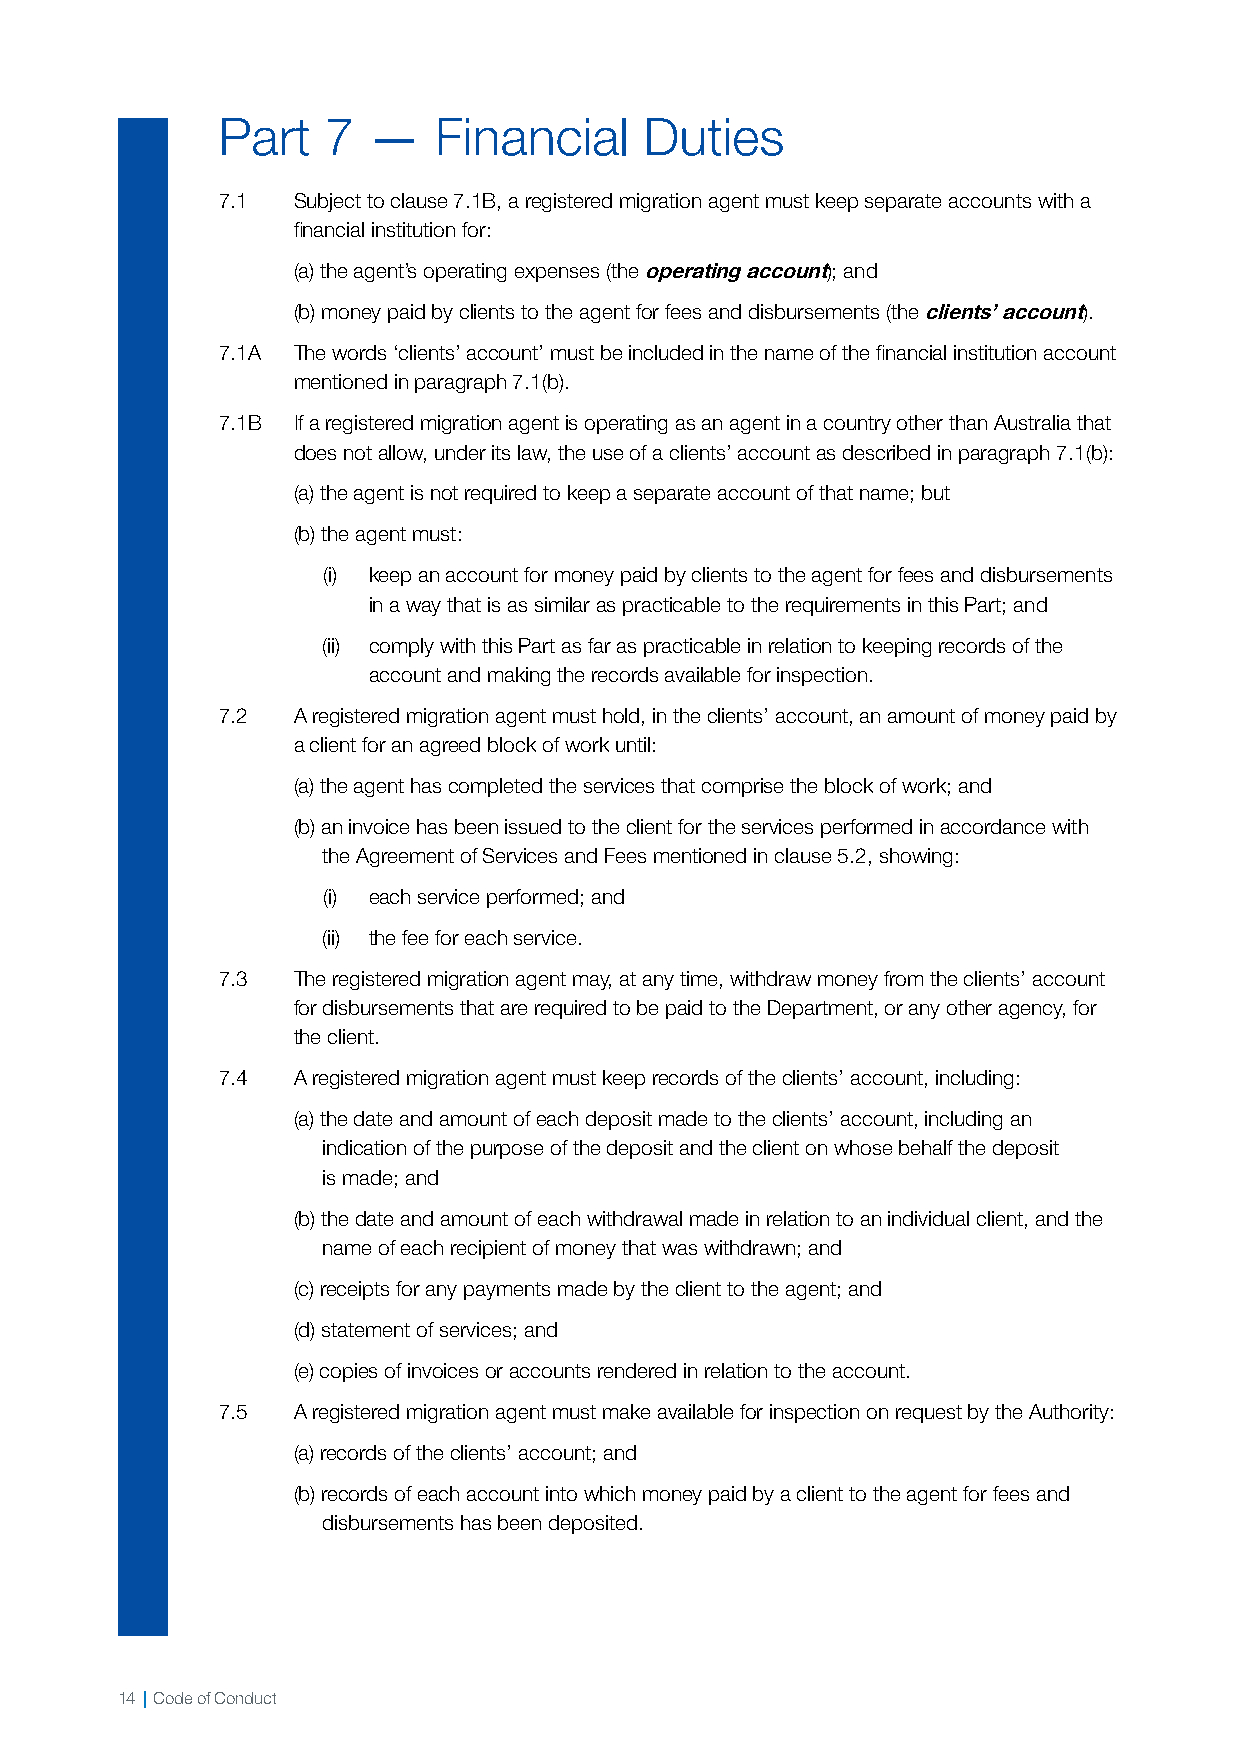
Part   7  —    Financial     Duties
 7.1  Subject to clause 7.1B, a registered migration agent must keep separate accounts with a
 financial institution for:
 (a) the agent’s operating expenses (the operating account); and
 (b) money paid by clients to the agent for fees and disbursements (the clients’ account).
 7.1A The words ‘clients’ account’ must be included in the name of the financial institution account
 mentioned in paragraph 7.1(b).
 7.1B If a registered migration agent is operating as an agent in a country other than Australia that
 does not allow, under its law, the use of a clients’ account as described in paragraph 7.1(b):
 (a) the agent is not required to keep a separate account of that name; but
 (b) the agent must:
 (i) keep an account for money paid by clients to the agent for fees and disbursements
 in a way that is as similar as practicable to the requirements in this Part; and
 (ii) comply with this Part as far as practicable in relation to keeping records of the
 account and making the records available for inspection.
 7.2  A registered migration agent must hold, in the clients’ account, an amount of money paid by
 a client for an agreed block of work until:
 (a) the agent has completed the services that comprise the block of work; and
 (b) an invoice has been issued to the client for the services performed in accordance with
 the Agreement of Services and Fees mentioned in clause 5.2, showing:
 (i) each service performed; and
 (ii) the fee for each service.
 7.3  The registered migration agent may, at any time, withdraw money from the clients’ account
 for disbursements that are required to be paid to the Department, or any other agency, for
 the client.
 7.4  A registered migration agent must keep records of the clients’ account, including:
 (a) the date and amount of each deposit made to the clients’ account, including an
 indication of the purpose of the deposit and the client on whose behalf the deposit
 is made; and
 (b) the date and amount of each withdrawal made in relation to an individual client, and the
 name of each recipient of money that was withdrawn; and
 (c) receipts for any payments made by the client to the agent; and
 (d) statement of services; and
 (e) copies of invoices or accounts rendered in relation to the account.
 7.5  A registered migration agent must make available for inspection on request by the Authority:
 (a) records of the clients’ account; and
 (b) records of each account into which money paid by a client to the agent for fees and
 disbursements has been deposited.
 14 | Code of Conduct